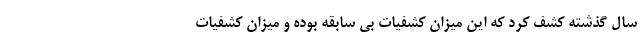
سال گذشته کشف کرد که این میزان کشفیات بی سابقه بوده و میزان کشفیات